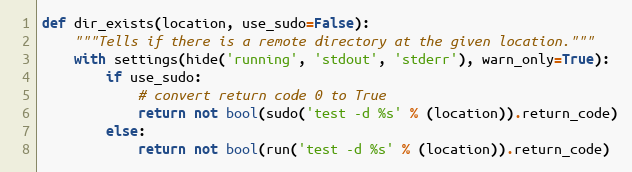
Language: Python
def dir_exists(location, use_sudo=False):
    """Tells if there is a remote directory at the given location."""
    with settings(hide('running', 'stdout', 'stderr'), warn_only=True):
        if use_sudo:
            # convert return code 0 to True
            return not bool(sudo('test -d %s' % (location)).return_code)
        else:
            return not bool(run('test -d %s' % (location)).return_code)